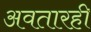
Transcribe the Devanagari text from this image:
अवतारही